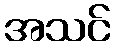
အသင်